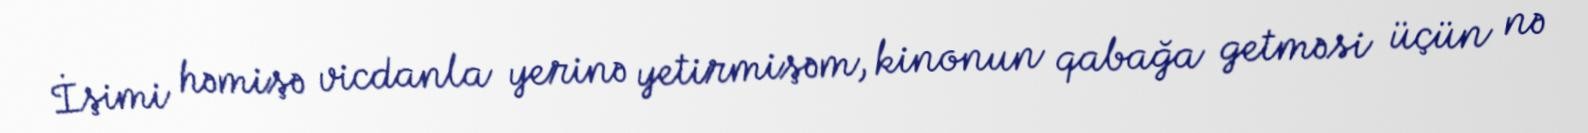
İşimi həmişə vicdanla yerinə yetirmişəm, kinonun qabağa getməsi üçün nə